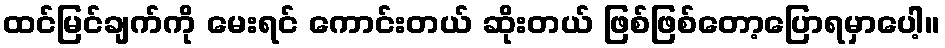
ထင်မြင်ချက်ကို မေးရင် ကောင်းတယ် ဆိုးတယ် ဖြစ်ဖြစ်တော့ပြောရမှာပေါ့။